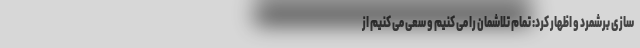
سازی برشمرد و اظهار کرد: تمام تلاشمان را می کنیم و سعی می کنیم از